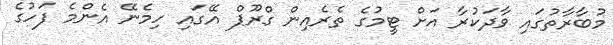
މުބާރާތުގައި ވާދަކުރާ އަށް ޓީމުގެ ތެރެއިން ގްރޫޕް އޭގައި ހިމެނޭ އެންމެ ފަހުގެ